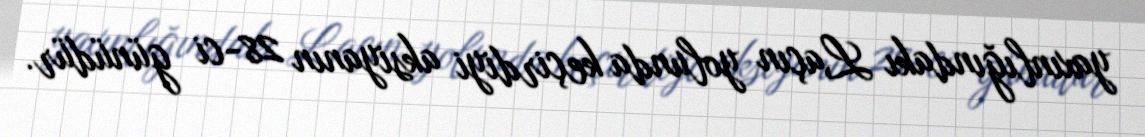
yaxınlığındakı Laçın yolunda keçirdiyi aksiyanın 28-ci günüdür.